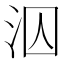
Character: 泅